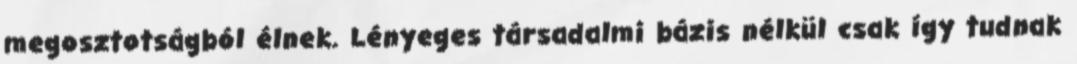
megosztotságból élnek. Lényeges társadalmi bázis nélkül csak így tudnak